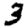
Digit: 3